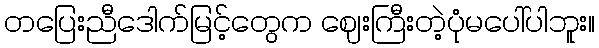
တပြေးညီဒေါက်မြင့်တွေက ဈေးကြီးတဲ့ပုံမပေါ်ပါဘူး။